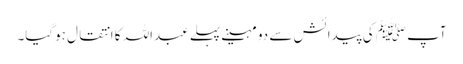
آپ ﷺکی پیدائش سے دو مہینے پہلے عبداللہ کا انتقال ہوگیا۔